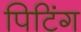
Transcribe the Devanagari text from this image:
पिटिंग